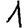
Digit: 1